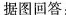
据图回答：